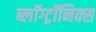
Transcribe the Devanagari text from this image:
ब्लॉग्ट्रॉनिक्स